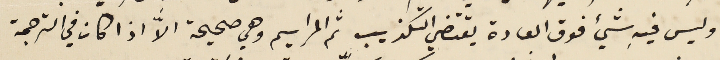
وليس فيهِ شيء فوق العادة يقتضي التكذيب ثم المراسيم وهي صحيحة الاَّ اذا كان في الترجمة